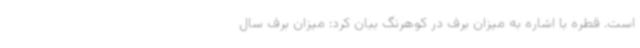
است. قطره با اشاره به میزان برف در کوهرنگ بیان کرد: میزان برف سال